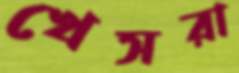
খেসরা